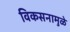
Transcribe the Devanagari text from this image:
विकसनामुळे